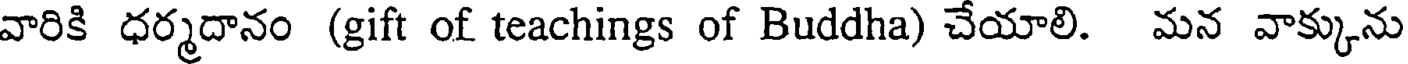
వారికి ధర్మదానం (gift of teachings of Buddha) చేయాలి. మన వాక్కును